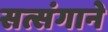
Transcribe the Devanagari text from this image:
सत्संगाने